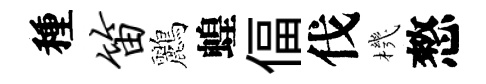
種笛鸝蝗偪伐機憗